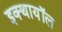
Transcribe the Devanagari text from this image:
इक्थायॉल